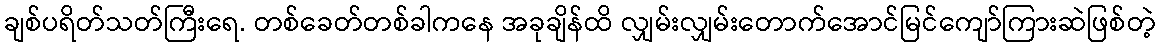
ချစ်ပရိတ်သတ်ကြီးရေ. တစ်ခေတ်တစ်ခါကနေ အခုချိန်ထိ လျှမ်းလျှမ်းတောက်အောင်မြင်ကျော်ကြားဆဲဖြစ်တဲ့